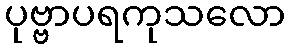
ပုဗ္ဗာပရကုသလော